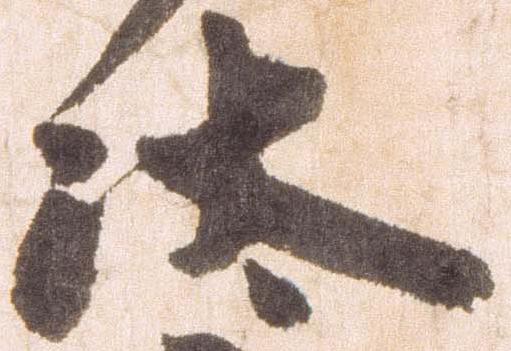
汰